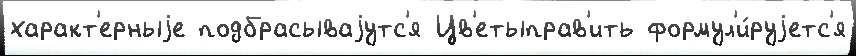
характ'ерныjе подбрасываjутс'я Цв'етыправ'ить формул'и́руjетс'я